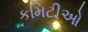
કમિટીઓ